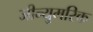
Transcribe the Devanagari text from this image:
जीन्युमरिक